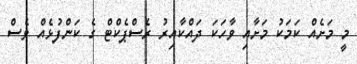
މީ މަށެއް ކަމަކު މަށާއި ވާހަކަ ދައްކާއިރު ރެސްޕެކްޓް ގެ ކަންފުޅެއް ވެސް